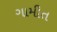
ગામીત